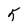
Character: 5